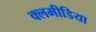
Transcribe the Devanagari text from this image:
क्लमीडिया